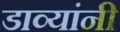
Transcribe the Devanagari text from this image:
डाव्यांनी